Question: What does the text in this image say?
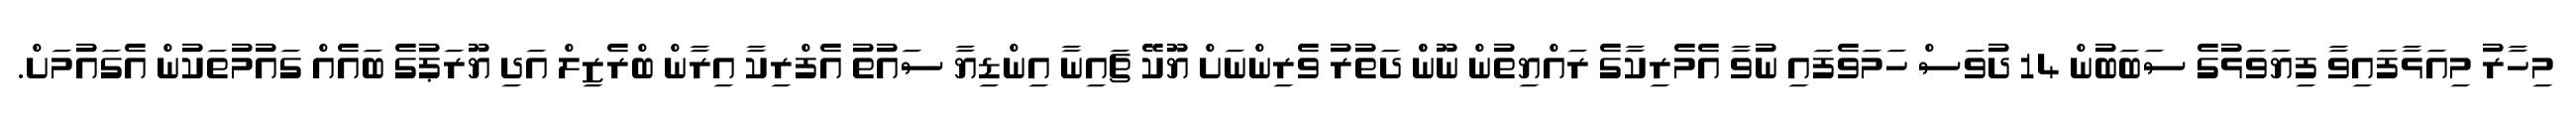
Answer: މިހާރު މިއަޅާފައިވާ ފިޔަވަޅުގެ ސަބަބުން 14 ދުވަސް ހަމަވެފައި ނުވާ އެމެރިކާގެ ރައްޔިތުން ނޫންް ދަތުރު ވެރިންނަށް ޔޫކޭ ޗައިނާ އިންޑިޔާ ސައުތު އެފްރިކާ އިރާން ބްރެޒިލް އަދި ޔޫރަޕުގެ ބައެއް ގައުމުތަކުން އެގައުމަށް.